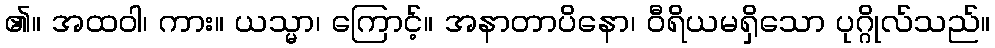
၏။ အထဝါ၊ ကား။ ယသ္မာ၊ ကြောင့်။ အနာတာပိနော၊ ဝီရိယမရှိသော ပုဂ္ဂိုလ်သည်။